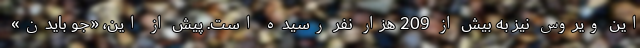
این ویروس نیز به بیش از 209 هزار نفر رسیده است. پیش از این، «جو بایدن»